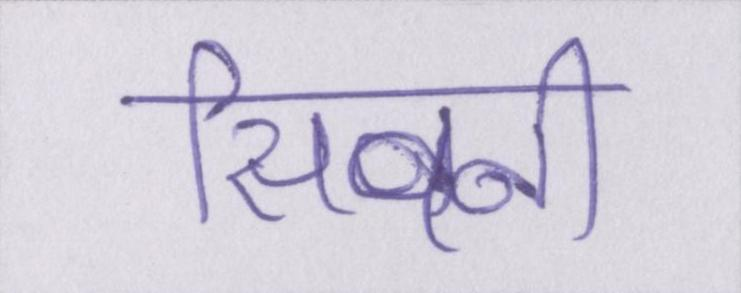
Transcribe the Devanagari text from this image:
सिवनी